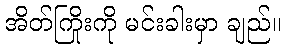
အိတ်ကြိုးကို မင်းခါးမှာ ချည်။